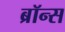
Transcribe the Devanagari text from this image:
ब्रॉन्‍स